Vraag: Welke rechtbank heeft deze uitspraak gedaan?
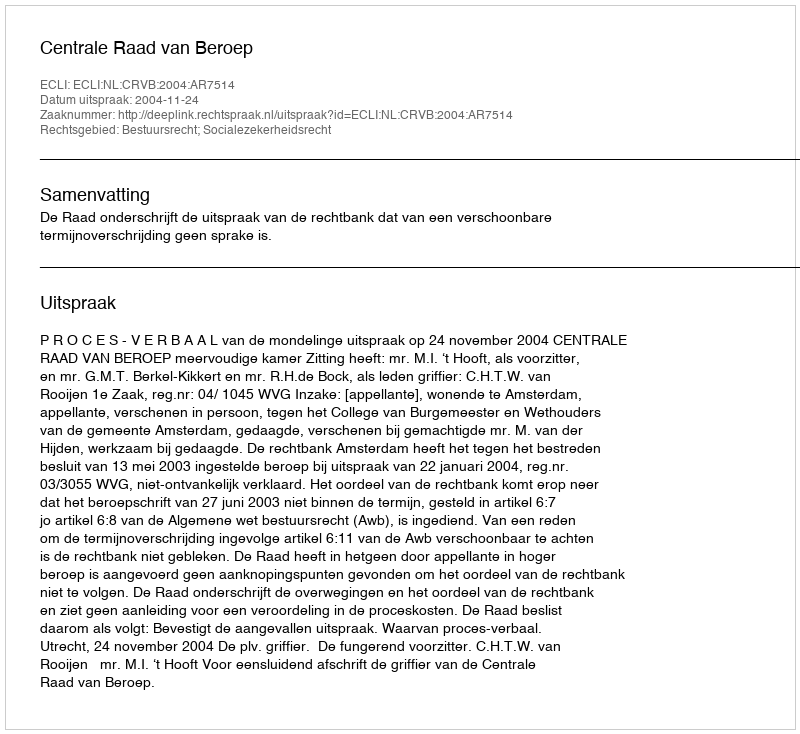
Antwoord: Centrale Raad van Beroep